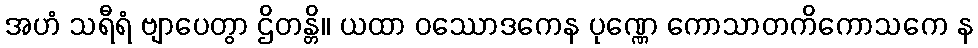
အဟံ သရီရံ ဗျာပေတွာ ဌိတန္တိ။ ယထာ ဝဿောဒကေန ပုဏ္ဏေ ကောသာတကိကောသကေ န